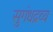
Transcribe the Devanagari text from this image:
सुगंधद्रव्य